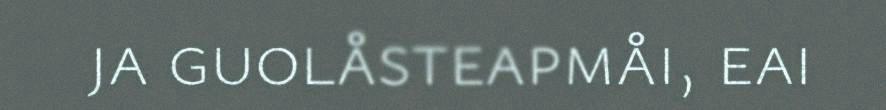
ja guolåsteapmåi, eai